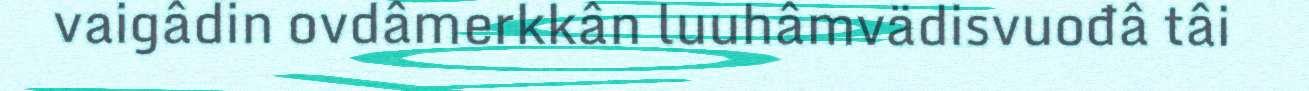
vaigâdin ovdâmerkkân luuhâmvädisvuođâ tâi